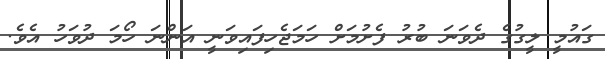
ގައުމީ ލީގުގެ ދެވަނަ ބުރު ފެށުމަށް ހަމަޖެހިފައިވަނީ އަންނަ ހޯމަ ދުވަހު އެވެ.